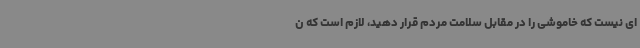
ای نیست که خاموشی را در مقابل سلامت مردم قرار دهید، لازم است که ن